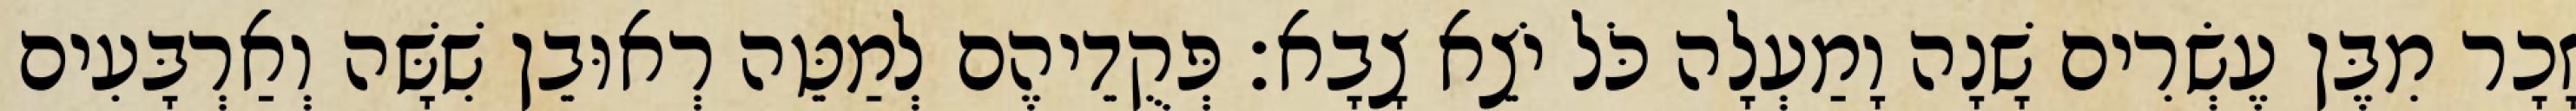
זָכָר מִבֶּן עֶשְׂרִים שָׁנָה וָמַעְלָה כֹּל יֹצֵא צָבָא׃ פְּקֻדֵיהֶם לְמַטֵּה רְאוּבֵן שִׁשָּׁה וְאַרְבָּעִים